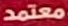
معتمد